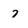
Character: 7